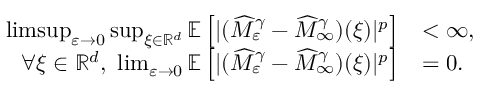
\begin{array} { r l } { \operatorname* { l i m s u p } _ { \varepsilon \to 0 } \operatorname* { s u p } _ { \xi \in { \ensuremath { \mathbb R } } ^ { d } } { \ensuremath { \mathbb E } } \left[ | ( \widehat M _ { \varepsilon } ^ { \gamma } - \widehat M _ { \infty } ^ { \gamma } ) ( \xi ) | ^ { p } \right] } & { < \infty , } \\ { \forall \xi \in { \ensuremath { \mathbb R } } ^ { d } , \ \operatorname* { l i m } _ { \varepsilon \to 0 } { \ensuremath { \mathbb E } } \left[ | ( \widehat M _ { \varepsilon } ^ { \gamma } - \widehat M _ { \infty } ^ { \gamma } ) ( \xi ) | ^ { p } \right] } & { = 0 . } \end{array}